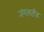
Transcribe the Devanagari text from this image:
जंगललैंड